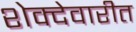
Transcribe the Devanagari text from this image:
शेक्देवारीत